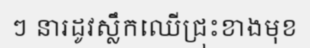
ៗ នារដូវស្លឹកឈើជ្រុះខាងមុខ